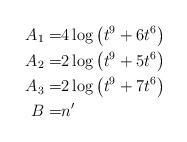
LaTeX: \begin{align*}A_1 =& 4 \log \left(t^9+6t^6\right)\\A_2 =& 2 \log \left(t^9+5t^6\right)\\A_3 =& 2 \log \left(t^9+7t^6\right)\\B=& n'\end{align*}